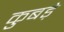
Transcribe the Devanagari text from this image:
कुबड़े